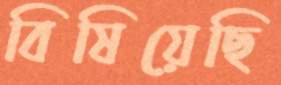
বিষিয়েছি